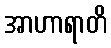
အာဟာရာတိ